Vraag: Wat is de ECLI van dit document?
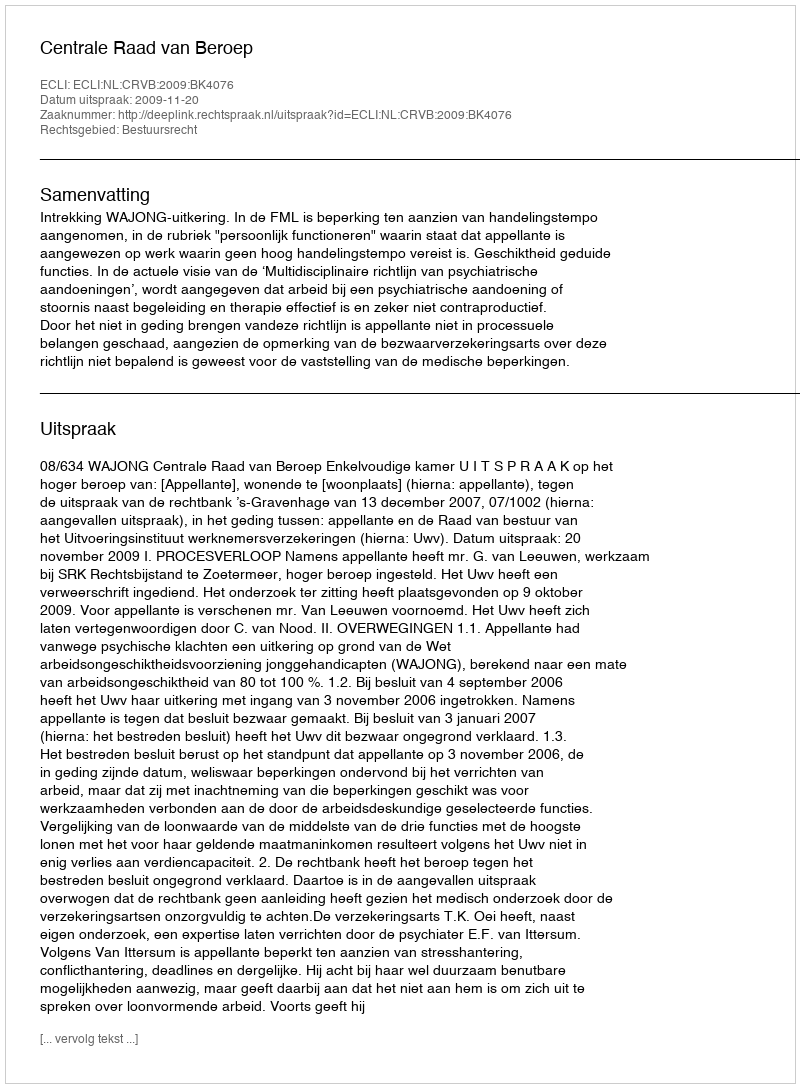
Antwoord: ECLI:NL:CRVB:2009:BK4076